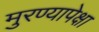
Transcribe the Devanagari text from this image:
मुरण्यापेक्षा